Report on vaccination in Madras 1904-1921 - 1904-1921
Year: 1904
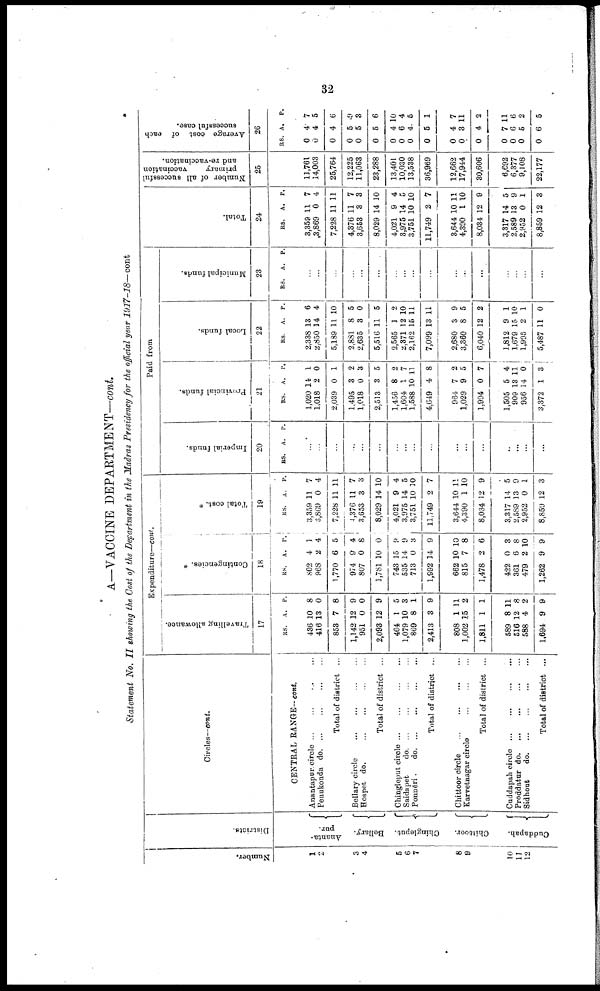
32
A—VACCINE DEPARTMENT—cont.
Statement No. II showing the Cost of the Department in the Madras Presidency for the official year 1917-18—cont
Number.
1
2
3
4
5
6
7
8
9
10
11
12
Districts.
Ananta¬
pur.
Bellary.
Chingleput.
Chittoor.
Cuddapah.
Circles—cont.
CENTRAL RANGE— cont.
Anantapur circle ... ... ... ...
Penukonda do. ... ... ... ...
Total of district ...
Bellary circle
...
...
...
...
Hospet do. ... ... ... ...
Total of district ...
Chingleput circle
...
...
...
...
Saidapet
do. ... ... ... ...
Ponnēri.
do. ... ... ... ...
Total of district ...
Chittoor circle ... ... ... ...
Karvetnagar circle
...
...
...
Total of district ...
Cuddapah circle
...
...
...
...
Proddatur
do.
...
...
...
...
Sidhout do. ... ... ... ...
Total of district ...
Expenditure—cont.
Travelling allowance.
17
RS.
436
416
853
1,142
951
2,093
464
1,079
869
2,413
808
1,002
1,811
589
516
588
1,694
A.
10
13
7
12
0
12
1
10
8
3
1
15
1
8
12
4
9
P.
8
0
8
9
0
9
5
3
1
9
11
2
1
11
8
2
9
Contingencies. *
18
RS.
802
968
1,770
974
807
1,781
743
535
713
1,992
662
815
1,478
422
361
479
1,262
A.
4
2
6
9
0
10
15
14
0
14
10
7
2
0
6
2
9
P.
1
4
5
4
8
0
9
9
3
9
10
8
6
3
8
10
9
Total cost. *
19
RS.
3,359
3,869
7,228
4,376
3,653
8,029
4,021
3,975
3,751
11,749
3,644
4,390
8,034
3,317
2,589
2,952
8,859
A.
11
0
11
11
3
14
9
14
10
2
10
1
12
14
13
0
12
P.
7
4
11
7
3
10
4
5
10
7
11
10
9
5
9
1
3
Paid from
Imperial funds.
20
RS. A. P.
...
...
...
...
...
...
...
...
...
...
...
...
...
...
...
...
...
Provincial funds.
21
RS.
1,020
1,018
2,039
1,495
1,018
2,513
1,456
1,604
1,588
4,649
964
1,029
1,994
1,505
909
956
3,372
A.
14
2
0
3
0
3
8
1
10
4
7
9
0
5
13
14
1
P.
1
0
1
2
3
5
2
7
11
8
2
5
7
4
11
0
3
Local funds.
22
RS.
2,338
2,850
5,189
2,881
2,635
5,516
2,565
2,371
2,162
7,099
2,680
3,360
6,040
1,812
1,679
1,995
5,487
A.
13
14
11
8
3
11
1
12
15
13
3
8
12
9
15
2
11
P.
6
4
10
5
0
5
2
10
11
11
9
5
2
1
10
1
0
Municipal funds.
23
RS. A. P.
...
...
...
...
...
...
...
...
...
...
...
...
...
...
...
...
...
Total.
24
RS.
3,359
3,869
7,228
4,376
3,653
8,029
4,021
3,975
3,751
11,749
3,644
4,390
8,034
3,317
2,589
2,952
8,859
A.
11
0
11
11
3
14
9
14
10
2
10
1
12
14
13
0
12
P.
7
4
11
7
3
10
4
5
10
7
11
10
9
5
9
1
3
Number of all successful
primary
vaccination
and re-vaccination.
25
11,761
14,003
25,764
12,225
11,063
23,288
13,401
10,030
13,538
36,969
12,662
17,944
30,606
6,692
6,377
9,108
22,177
Average cost of each
successful case.
26
RS.
0
0
0
0
0
0
0
0
0
0
0
0
0
0
0
0
0
A.
4
4
4
5
5
5
4
6
4
5
4
3
4
7
6
5
6
P.
7
5
6
9
3
6
10
4
5
1
7
11
2
11
6
2
5